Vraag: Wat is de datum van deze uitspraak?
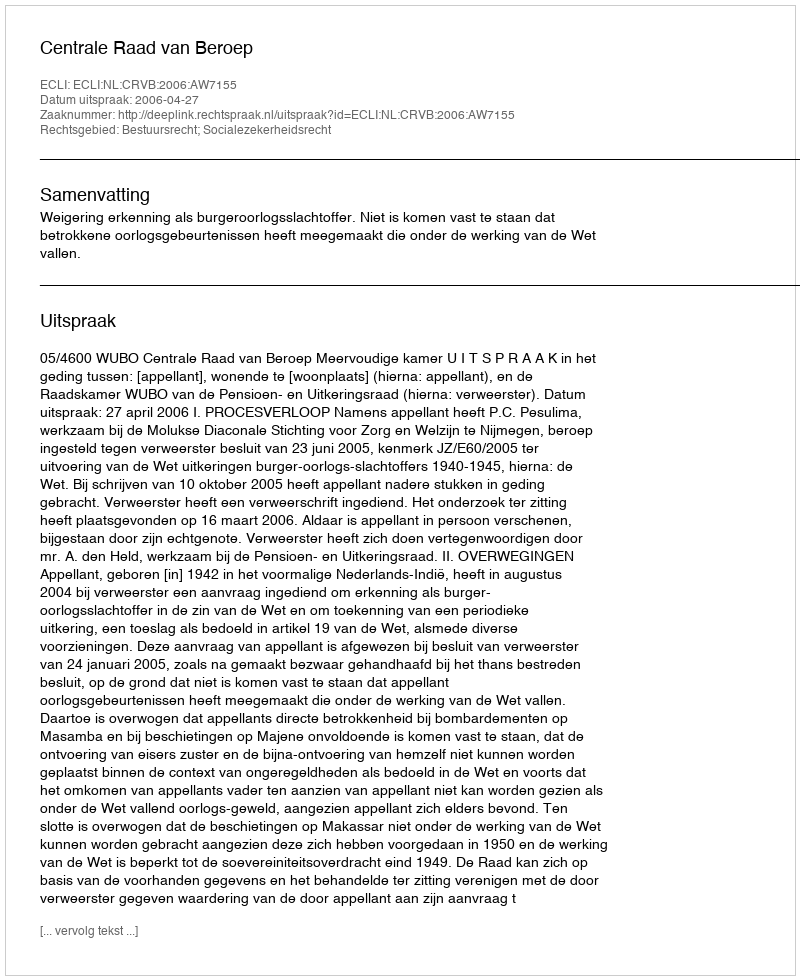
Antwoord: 2006-04-27